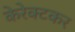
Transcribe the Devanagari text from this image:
केरेक्टकर